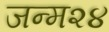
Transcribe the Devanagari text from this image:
जन्म२४